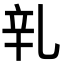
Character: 乵